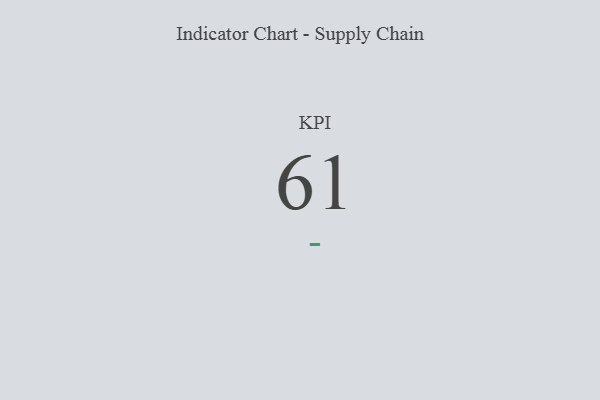
{"axis": {"x": "KPI", "y": "Value"}, "legend": [""], "data": [{"x": "KPI", "y": 61, "type": ""}]}